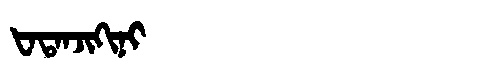
Manchu: ᡶᠠᡨᠠᠨᠵᡳᡴᡳᠨᡳ
Romanization: FATANJIKINI